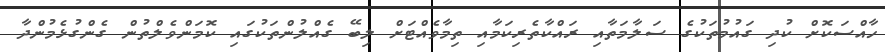
ހާއްސަކޮށް ކުދި ގައުމުތަކުގެ ސަލާމަތާއި ރައްކާތެރިކަމާއި ތިމާވެއްޓަށް ލިބޭ ގެއްލުންތަކުގައި ކޮމަންވެލްތުން ގެންގުޅެމުންދާ